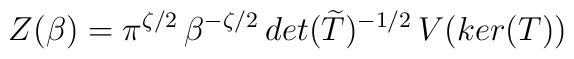
Z(\beta)=\pi^{\zeta/2}\,\beta^{-\zeta/2}\,det(\widetilde{T})^{-1/2}\,V(ker(T))